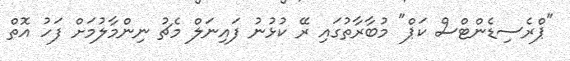
"ޕްރެސިޑެންޓްސް ކަޕް" މުބާރާތުގައި ރޭ ކުޅުނު ފައިނަލް މެޗު ނިންމާލުމަށް ފަހު އޮތް